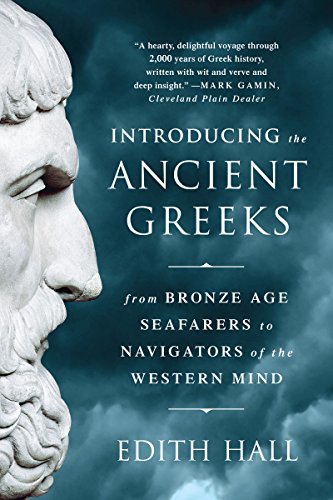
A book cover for Introducing the Ancient Greeks: From Bronze Age Seafarers to Navigators of the Western Mind; Edith Hall; History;